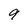
Character: 9